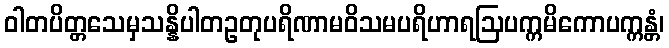
ဝါတပိတ္တသေမှသန္နိပါတဥတုပရိဏာမဝိသမပရိဟာရဩပက္ကမိကောပက္ကန္တံ၊